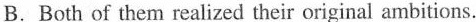
B.Both of them realized their original ambitions.